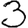
Digit: 3